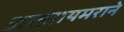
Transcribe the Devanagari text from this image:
अल्झायमराने